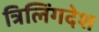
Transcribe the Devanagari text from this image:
त्रिलिंगदेश